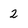
Character: 2